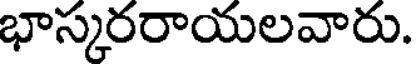
భాస్కరరాయలవారు.